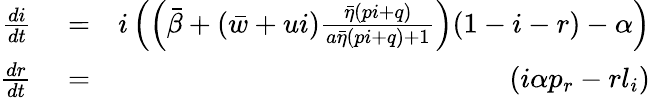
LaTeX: \begin{array}{rlr}{\frac{di}{dt}}&{{}=}&{i\left(\left(\bar{\beta}+({\bar{w}}+{{u}}i)\frac{\bar{\eta}(pi+q)}{a\bar{\eta}(pi+q)+1}\right)(1-i-r)-\alpha\right)}\\ {\frac{dr}{dt}}&{{}=}&{\left(i\alpha p_{r}-rl_{i}\right)}\end{array}